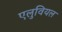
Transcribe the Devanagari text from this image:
एलुवियल